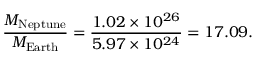
{ \frac { M _ { \mathrm { N e p t u n e } } } { M _ { \mathrm { E a r t h } } } } = { \frac { 1 . 0 2 \times 1 0 ^ { 2 6 } } { 5 . 9 7 \times 1 0 ^ { 2 4 } } } = 1 7 . 0 9 .